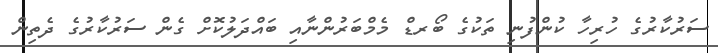
ސަރުކާރުގެ ހުރިހާ ކުންފުނި ތަކުގެ ބޯރޑް މެމްބަރުންނާއި ބައްދަލުކޮށް ގެން ސަރުކާރުގެ ދެތިން